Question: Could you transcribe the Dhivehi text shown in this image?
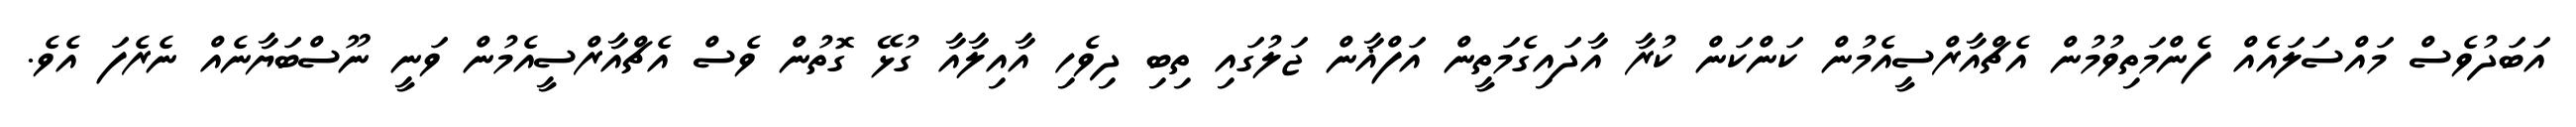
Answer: އަބަދުވެސް މައްސަލައެއް ފެންމަތިވުމުން އެޗްއާރްސީއެމުން ކަންކަން ކުރާ އާދައިގެމަތީން އަފްޣާން ޖަލުގައި ތިބި ދިވެހި އާއިލާއާ ގުޅޭ ގޮތުން ވެސް އެޗްއާރްސީއެމުން ވަނީ ނޫސްބަޔާނެއް ނެރެފަ އެވެ.